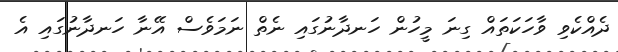
ދެއްކެވި ވާހަކަތައް ގިނަ މީހުން ހަނދާނުގައި ނެތް ނަމަވެސް އޭނާ ހަނދާނުގައި އެ